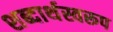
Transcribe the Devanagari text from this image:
शब्दार्थस्वरूप